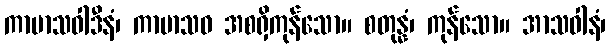
ကာမာသဝါဒီနံ၊ ကာမာသဝ အစရှိကုန်သော။ စတုန္နံ၊ ကုန်သော။ အာသဝါနံ၊